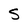
Character: S